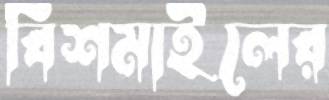
বিশমাইলের